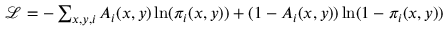
\begin{array} { r } { \mathcal { L } = - \sum _ { x , y , i } A _ { i } ( x , y ) \ln ( \pi _ { i } ( x , y ) ) + ( 1 - A _ { i } ( x , y ) ) \ln ( 1 - \pi _ { i } ( x , y ) ) } \end{array}